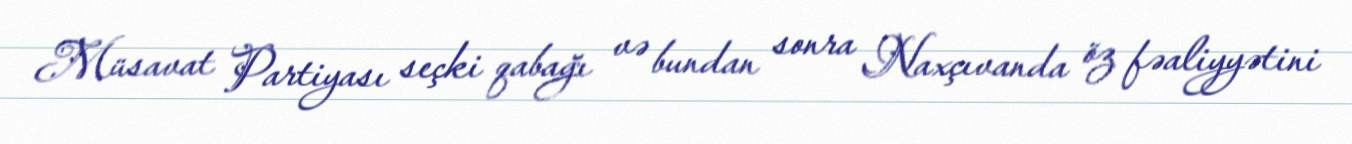
Müsavat Partiyası seçki qabağı və bundan sonra Naxçıvanda öz fəaliyyətini